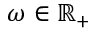
\omega \in \mathbb { R } _ { + }